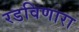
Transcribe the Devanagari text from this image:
रडविणारा